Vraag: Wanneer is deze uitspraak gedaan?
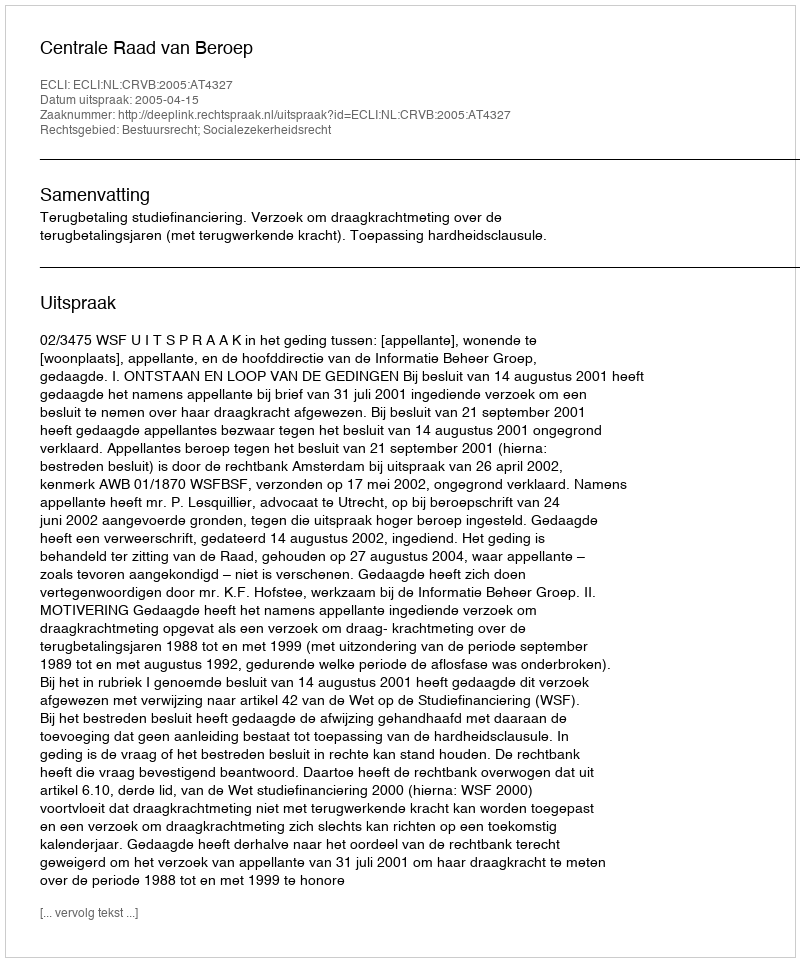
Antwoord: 2005-04-15